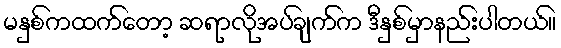
မနှစ်ကထက်တော့ ဆရာလိုအပ်ချက်က ဒီနှစ်မှာနည်းပါတယ်။